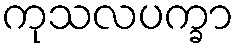
ကုသလပက္ခာ